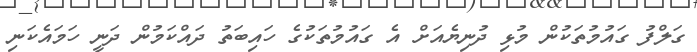
ގަލްފު ގައުމުތަކުން މުޅި ދުނިޔެއަށް އެ ގައުމުތަކުގެ ހައިބަތު ދައްކަމުން ދަނީ ހަމައެކަނި